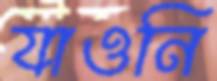
যাওনি